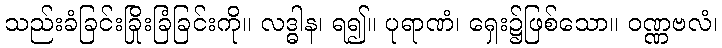
သည်းခံခြင်းခြိုးခြံခြင်းကို။ လဒ္ဓါန၊ ရ၍။ ပုရာဏံ၊ ရှေး၌ဖြစ်သော။ ဝဏ္ဏဗလံ၊